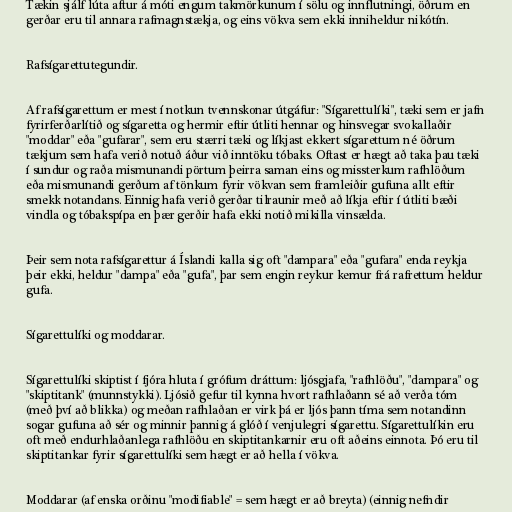
Tækin sjálf lúta aftur á móti engum takmörkunum í sölu og innflutningi, öðrum en
gerðar eru til annara rafmagnstækja, og eins vökva sem ekki inniheldur nikótín.

Rafsígarettutegundir.

Af rafsígarettum er mest í notkun tvennskonar útgáfur: "Sígarettulíki", tæki sem er jafn
fyrirferðarlítið og sígaretta og hermir eftir útliti hennar og hinsvegar svokallaðir
"moddar" eða "gufarar", sem eru stærri tæki og líkjast ekkert sígarettum né öðrum
tækjum sem hafa verið notuð áður við inntöku tóbaks. Oftast er hægt að taka þau tæki
í sundur og raða mismunandi pörtum þeirra saman eins og missterkum rafhlöðum
eða mismunandi gerðum af tönkum fyrir vökvan sem framleiðir gufuna allt eftir
smekk notandans. Einnig hafa verið gerðar tilraunir með að líkja eftir í útliti bæði
vindla og tóbakspípa en þær gerðir hafa ekki notið mikilla vinsælda.

Þeir sem nota rafsígarettur á Íslandi kalla sig oft "dampara" eða "gufara" enda reykja
þeir ekki, heldur "dampa" eða "gufa", þar sem engin reykur kemur frá rafrettum heldur
gufa.

Sígarettulíki og moddarar.

Sígarettulíki skiptist í fjóra hluta í grófum dráttum: ljósgjafa, "rafhlöðu", "dampara" og
"skiptitank" (munnstykki). Ljósið gefur til kynna hvort rafhlaðann sé að verða tóm
(með því að blikka) og meðan rafhlaðan er virk þá er ljós þann tíma sem notandinn
sogar gufuna að sér og minnir þannig á glóð í venjulegri sígarettu. Sígarettulíkin eru
oft með endurhlaðanlega rafhlöðu en skiptitankarnir eru oft aðeins einnota. Þó eru til
skiptitankar fyrir sígarettulíki sem hægt er að hella í vökva.

Moddarar (af enska orðinu "modifiable" = sem hægt er að breyta) (einnig nefndir